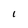
Character: 1